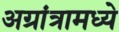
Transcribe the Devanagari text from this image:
अग्रांत्रामध्ये